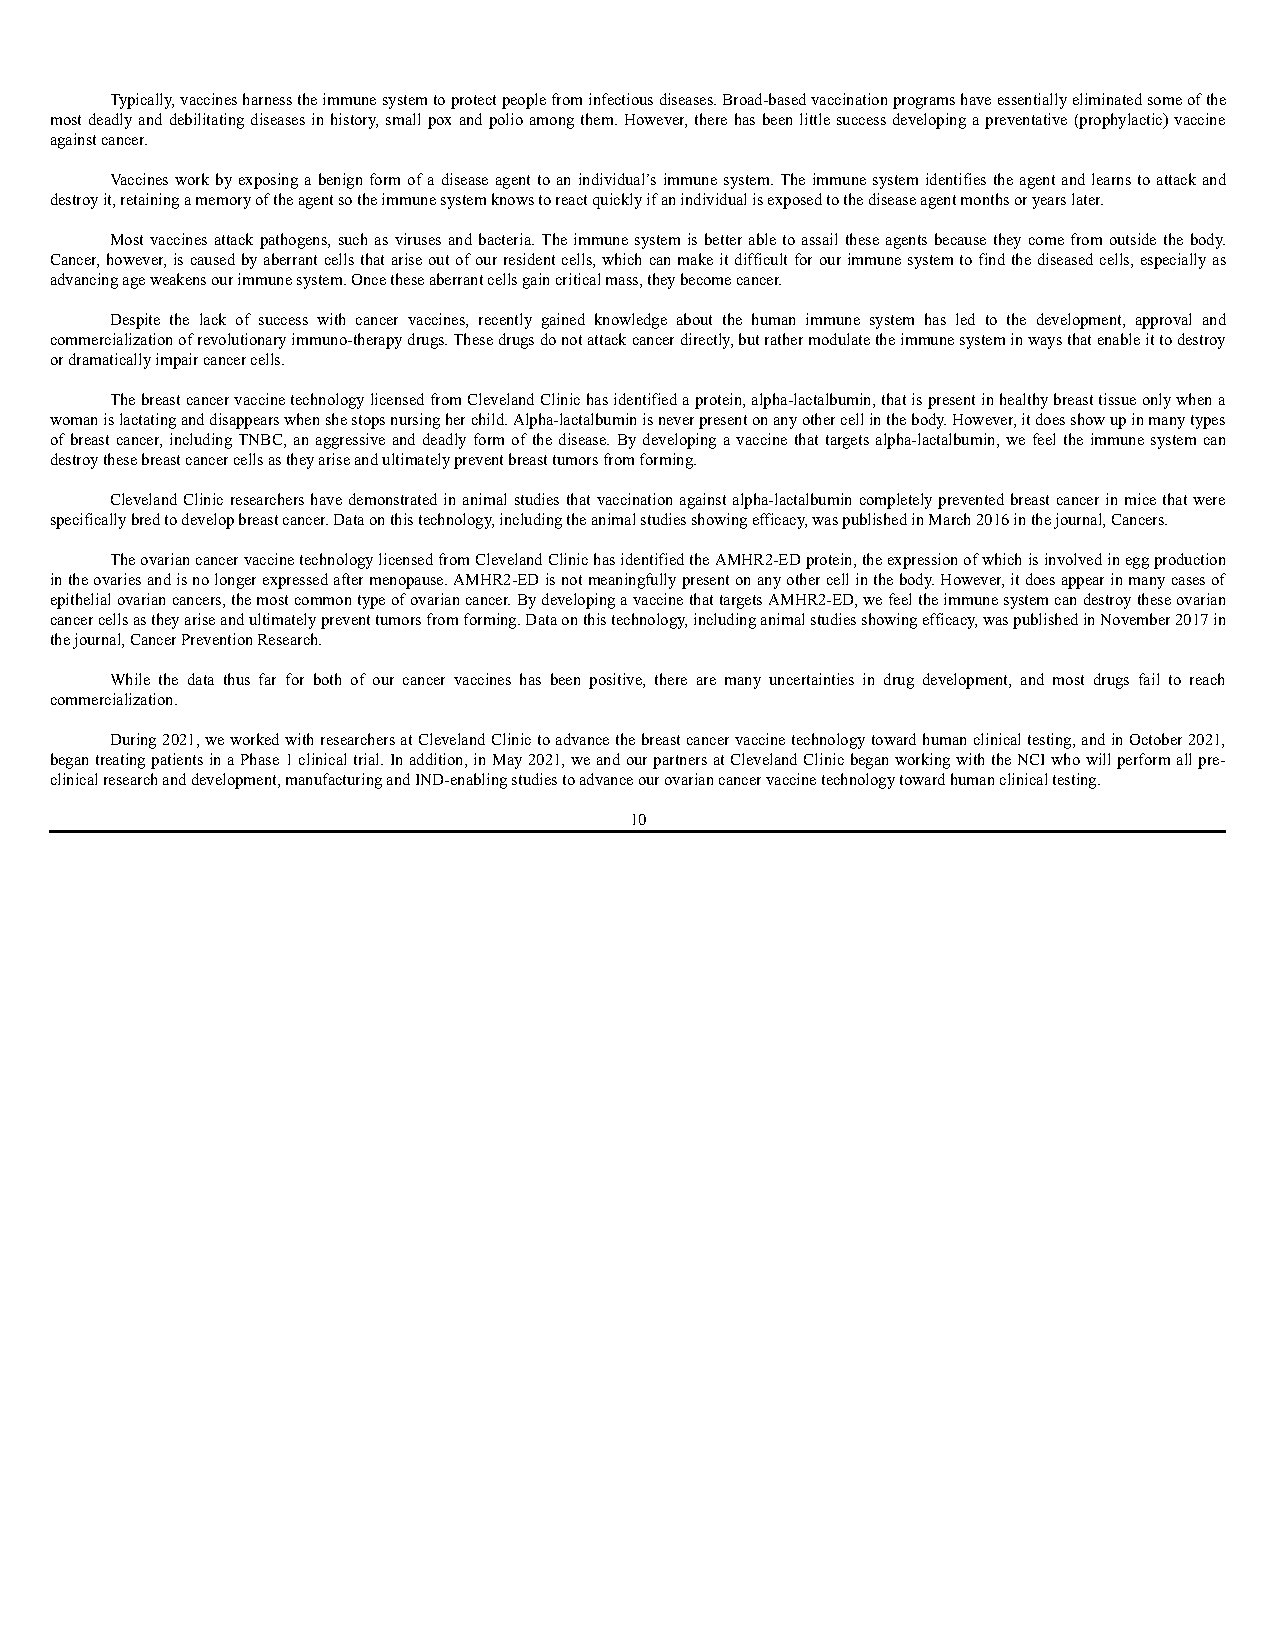
Typically, vaccines harness the immune system to protect people from infectious diseases. Broad-based vaccination programs have essentially eliminated some of the
 most deadly and debilitating diseases in history, small pox and polio among them. However, there has been little success developing a preventative (prophylactic) vaccine
 against cancer.
 Vaccines work by exposing a benign form of a disease agent to an individual’s immune system. The immune system identifies the agent and learns to attack and
 destroy it, retaining a memory of the agent so the immune system knows to react quickly if an individual is exposed to the disease agent months or years later.
 Most vaccines attack pathogens, such as viruses and bacteria. The immune system is better able to assail these agents because they come from outside the body.
 Cancer, however, is caused by aberrant cells that arise out of our resident cells, which can make it difficult for our immune system to find the diseased cells, especially as
 advancing age weakens our immune system. Once these aberrant cells gain critical mass, they become cancer.
 Despite the lack of success with cancer vaccines, recently gained knowledge about the human immune system has led to the development, approval and
 commercialization of revolutionary immuno-therapy drugs. These drugs do not attack cancer directly, but rather modulate the immune system in ways that enable it to destroy
 or dramatically impair cancer cells.
 The breast cancer vaccine technology licensed from Cleveland Clinic has identified a protein, alpha-lactalbumin, that is present in healthy breast tissue only when a
 woman is lactating and disappears when she stops nursing her child. Alpha-lactalbumin is never present on any other cell in the body. However, it does show up in many types
 of breast cancer, including TNBC, an aggressive and deadly form of the disease. By developing a vaccine that targets alpha-lactalbumin, we feel the immune system can
 destroy these breast cancer cells as they arise and ultimately prevent breast tumors from forming.
 Cleveland Clinic researchers have demonstrated in animal studies that vaccination against alpha-lactalbumin completely prevented breast cancer in mice that were
 specifically bred to develop breast cancer. Data on this technology, including the animal studies showing efficacy, was published in March 2016 in the journal, Cancers.
 The ovarian cancer vaccine technology licensed from Cleveland Clinic has identified the AMHR2-ED protein, the expression of which is involved in egg production
 in the ovaries and is no longer expressed after menopause. AMHR2-ED is not meaningfully present on any other cell in the body. However, it does appear in many cases of
 epithelial ovarian cancers, the most common type of ovarian cancer. By developing a vaccine that targets AMHR2-ED, we feel the immune system can destroy these ovarian
 cancer cells as they arise and ultimately prevent tumors from forming. Data on this technology, including animal studies showing efficacy, was published in November 2017 in
 the journal, Cancer Prevention Research.
 While the data thus far for both of our cancer vaccines has been positive, there are many uncertainties in drug development, and most drugs fail to reach
 commercialization.
 During 2021, we worked with researchers at Cleveland Clinic to advance the breast cancer vaccine technology toward human clinical testing, and in October 2021,
 began treating patients in a Phase 1 clinical trial. In addition, in May 2021, we and our partners at Cleveland Clinic began working with the NCI who will perform all pre-
 clinical research and development, manufacturing and IND-enabling studies to advance our ovarian cancer vaccine technology toward human clinical testing.
 10